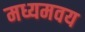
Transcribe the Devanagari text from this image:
मध्यमवय